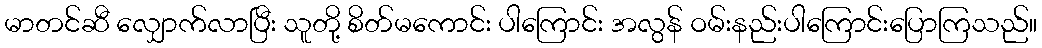
မာတင်ဆီ လျှောက်လာပြီး သူတို့ စိတ်မကောင်း ပါကြောင်း အလွန် ဝမ်းနည်းပါကြောင်းပြောကြသည်။